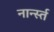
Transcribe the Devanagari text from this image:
नार्न्स्त